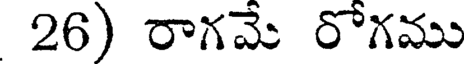
26) రాగమే రోగము